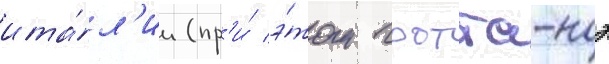
ита́л'ии (пр'и́ э́том гротта-ноэ